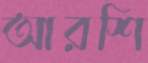
আরশি